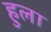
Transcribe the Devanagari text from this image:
हुला